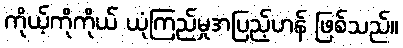
ကိုယ့်ကိုကိုယ် ယုံကြည်မှုအပြည့်ဟန် ဖြစ်သည်။